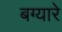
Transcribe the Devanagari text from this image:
बग्यारे